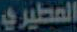
المطيري